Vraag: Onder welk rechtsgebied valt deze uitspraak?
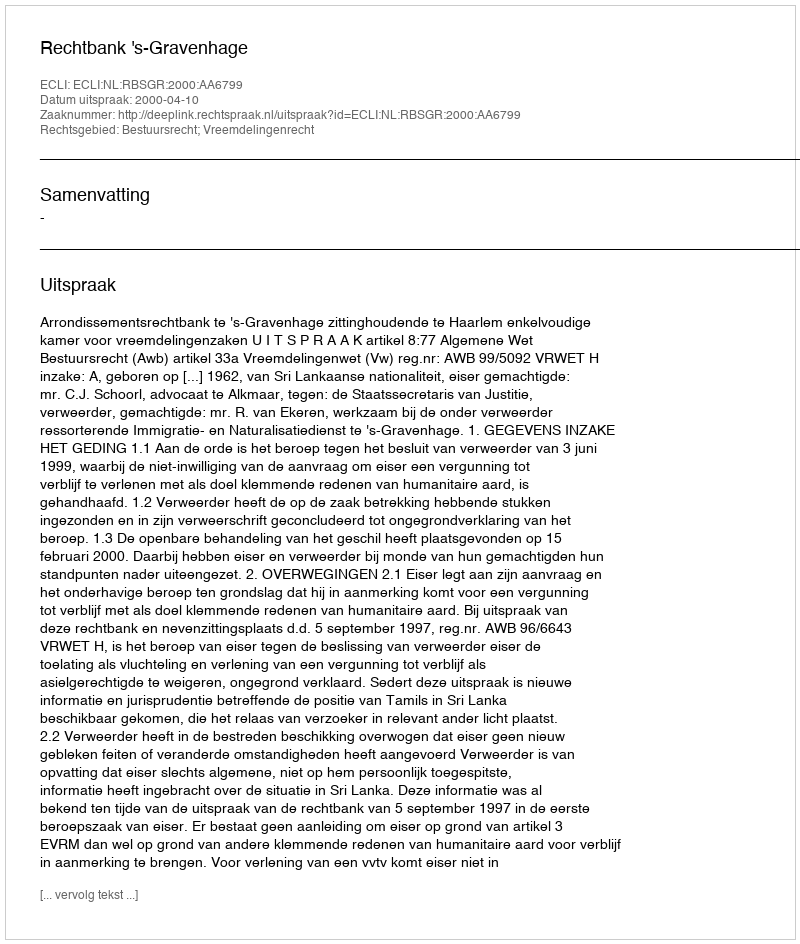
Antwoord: Bestuursrecht; Vreemdelingenrecht